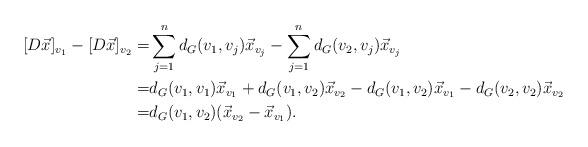
LaTeX: \begin{align*}[D\vec{x}]_{v_1}-[D\vec{x}]_{v_2}=&\sum_{j=1}^nd_G(v_1,v_j)\vec{x}_{v_j}-\sum_{j=1}^nd_G(v_2,v_j)\vec{x}_{v_j}\\=&d_G(v_1,v_1)\vec{x}_{v_1}+d_G(v_1,v_2)\vec{x}_{v_2}-d_G(v_1,v_2)\vec{x}_{v_1}-d_G(v_2,v_2)\vec{x}_{v_2}\\=&d_G(v_1,v_2)(\vec{x}_{v_2}-\vec{x}_{v_1}).\end{align*}